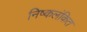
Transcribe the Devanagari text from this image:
निष्कलंकित